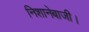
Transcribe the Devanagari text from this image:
निशानेबाजी।